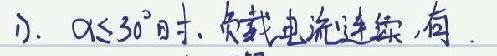
1). $\alpha\leqslant30^{\circ}$时, 负载电流连续, 有